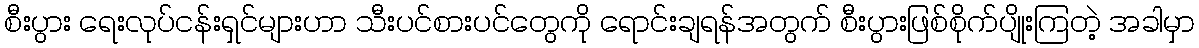
စီးပွား ရေးလုပ်ငန်းရှင်များဟာ သီးပင်စားပင်တွေကို ရောင်းချရန်အတွက် စီးပွားဖြစ်စိုက်ပျိုးကြတဲ့ အခါမှာ